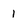
Character: 1